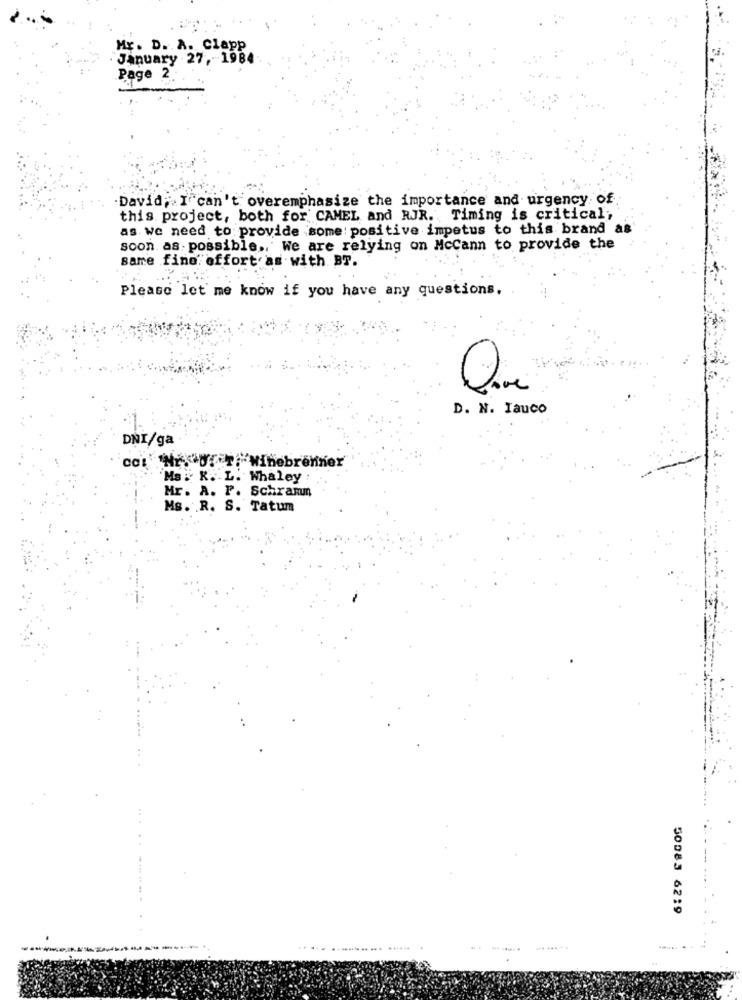
Mr. D. A. Clapp
. January 27 ,- 1984
Page 2.
David; I can't overemphasize the importance and urgency of
this project, both for CAMEL and RJR .. Timing is critical,
as we need to provide some positive impetus to this brand as
soon as possible .. We are relying on Mccann to provide the
same fino effort as with BT.
Please let me know if you have any questions.
D. N. Iauco
DNI/ga
col 'NYDE T. Winebrenner
Ms . K. L. Whaley
Mr. A. P. Schramm
Ms. R. S. Tatum
50083 6219
....................... .
...